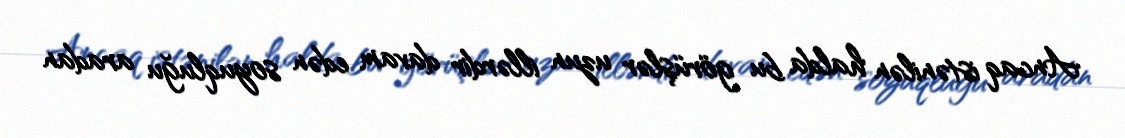
Ancaq istənilən halda bu görüşlər uzun illərdir davam edən soyuqluğu aradan